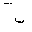
Letter: _ba